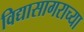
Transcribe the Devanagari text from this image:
विद्यासागराच्या